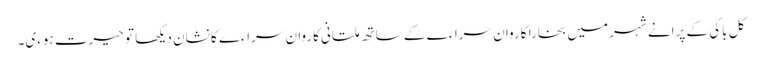
کل باکی کے پرانے شہر میں بخارا کاروان سراءے کے ساتھ ملتانی کاروان سراءے کا نشان دیکھا تو حیرت ہوءی۔